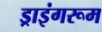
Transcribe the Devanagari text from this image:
ड्राइंगरूम